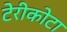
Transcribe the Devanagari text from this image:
टेरीकोटा